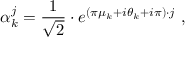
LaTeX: \alpha _ { k } ^ { j } = { \frac { 1 } { \sqrt { 2 } } } \cdot e ^ { ( \pi \mu _ { k } + i \theta _ { k } + i \pi ) \cdot j } \ ,